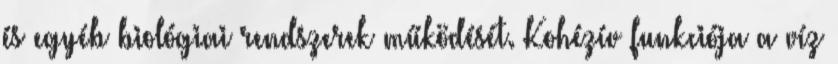
és egyéb biológiai rendszerek működését. Kohézív funkciója a víz